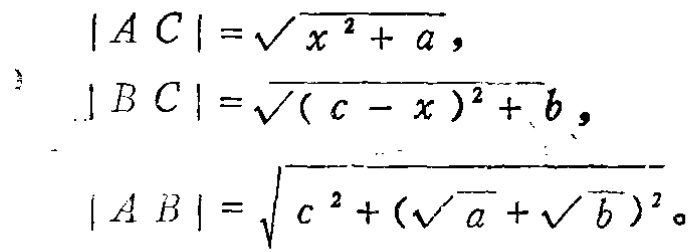
\[
\begin{align*}
|AC|&=\sqrt{x^{2}+a},\\
|BC|&=\sqrt{(c - x)^{2}+b},\\
|AB|&=\sqrt{c^{2}+(\sqrt{a}+\sqrt{b})^{2}}。
\end{align*}
\]